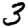
Digit: 3